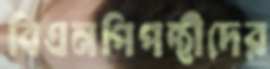
বিএনপিপন্থীদের